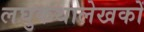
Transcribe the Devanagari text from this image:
लघुकथालेखकों